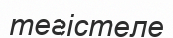
тегістеле